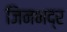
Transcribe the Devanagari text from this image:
जिनभद्र